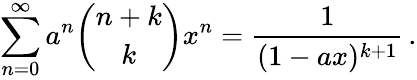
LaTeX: \sum_{n=0}^{\infty}a^{n}{\binom{n+k}{k}}x^{n}={\frac{1}{(1-ax)^{k+1}}}\, .